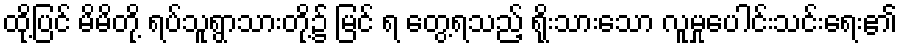
ထို့ပြင် မိမိတို့ ရပ်သူရွာသားတို့၌ မြင် ရ တွေ့ရသည့် ရိုးသားသော လူမှုပေါင်းသင်းရေး၏